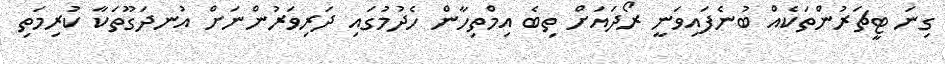
ގިނަ ޓީޗަރުންތަކެއް ބުނެފައިވަނީ ރޯދައަށް ތިބެ އިމްތިހާން ހެދުމުގައި ދަރިވަރުންނަށް އުނދަގޫތަކާ ކުރިމަތި